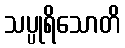
သပ္ပုရိသောတိ